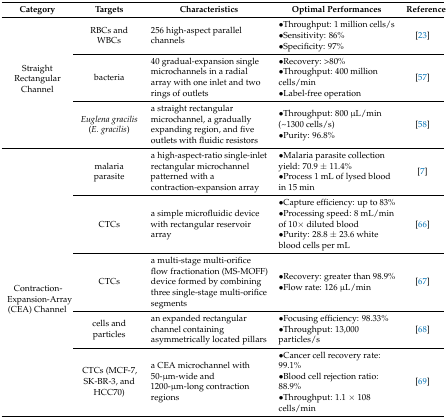
| Category | Targets | Characteristics | Optimal Performances | Reference |
 | --- | --- | --- | --- | --- |
 | <ROWSPAN=3> Straight Rectangular Channel | RBCs and WBCs | 256 high-aspect parallel channels | •Throughput: 1 million cells/s•Sensitivity: 86%•Specificity: 97% | [23] |
 | bacteria | 40 gradual-expansion single microchannels in a radial array with one inlet and two rings of outlets | •Recovery: >80%•Throughput: 400 million cells/min•Label-free operation | [57] |
 | Euglena gracilis (E. gracilis) | a straight rectangular microchannel, a gradually expanding region, and five outlets with fluidic resistors | •Throughput: 800 μL/min (~1300 cells/s)•Purity: 96.8% | [58] |
 | <ROWSPAN=5> Contraction-Expansion-Array (CEA) Channel | malaria parasite | a high-aspect-ratio single-inlet rectangular microchannel patterned with a contraction-expansion array | •Malaria parasite collection yield: 70.9 ± 11.4%•Process 1 mL of lysed blood in 15 min | [7] |
 | CTCs | a simple microfluidic device with rectangular reservoir array | •Capture efficiency: up to 83%•Processing speed: 8 mL/min of 10× diluted blood•Purity: 28.8 ± 23.6 white blood cells per mL | [66] |
 | CTCs | a multi-stage multi-orifice flow fractionation (MS-MOFF) device formed by combining three single-stage multi-orifice segments | •Recovery: greater than 98.9%•Flow rate: 126 μL/min | [67] |
 | cells and particles | an expanded rectangular channel containing asymmetrically located pillars | •Focusing efficiency: 98.33%•Throughput: 13,000 particles/s | [68] |
 | CTCs (MCF-7, SK-BR-3, and HCC70) | a CEA microchannel with 50-μm-wide and 1200-μm-long contraction regions | •Cancer cell recovery rate: 99.1%•Blood cell rejection ratio: 88.9%•Throughput: 1.1 × 108 cells/min | [69] |